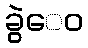
ခွဲေဝ